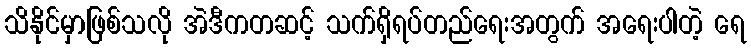
သိနိုင်မှာဖြစ်သလို အဲဒီကတဆင့် သက်ရှိရပ်တည်ရေးအတွက် အရေးပါတဲ့ ရေ